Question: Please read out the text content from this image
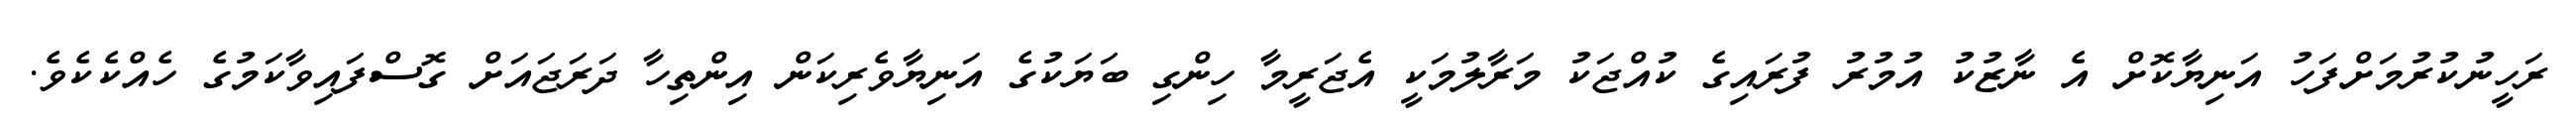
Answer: ރަހީނުކުރުމަށްފަހު އަނިޔާކޮށް އެ ނާޒުކު އުމުރު ފުރައިގެ ކުއްޖަކު މަރާލުމަކީ އެޖަރީމާ ހިންގި ބަޔަކުގެ އަނިޔާވެރިކަން އިންތިހާ ދަރަޖައަށް ގޮސްފައިވާކަމުގެ ހެއްކެކެވެ.